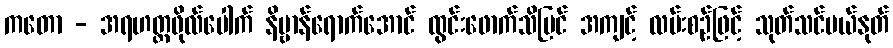
ကတော - အရဟတ္တဖိုလ်ပေါက် နိဗ္ဗာန်ရောက်အောင် ထွင်းဖောက်သိမြင် အကျင့် လမ်းစဉ်ဖြင့် သုတ်သင်ပယ်နုတ်